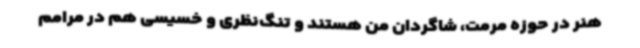
هنر در حوزه مرمت، شاگردان من هستند و تنگ‌نظری و خسیسی هم در مرامم